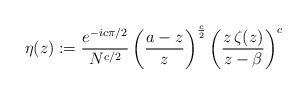
LaTeX: \begin{align*}\eta(z): = \frac{e^{-ic\pi/2}}{N^{c/2}}\left(\frac{a-z}{z}\right)^{\frac{c}{2}}\left(\frac{z\,\zeta(z)}{z-\beta}\right)^{c}\end{align*}